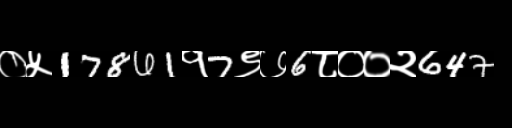
Text: ०५17861१7९७6८००२647